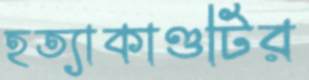
হত্যাকাণ্ডটির